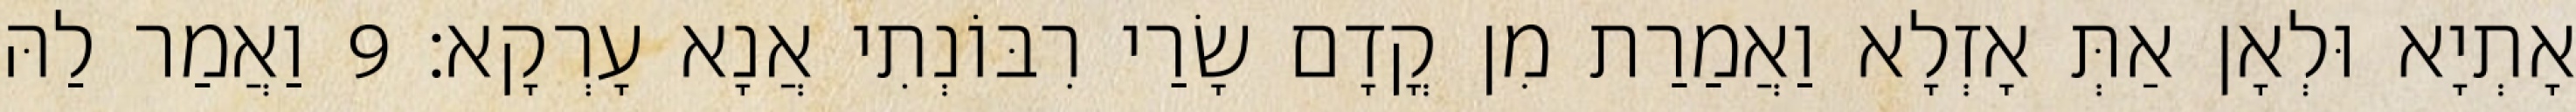
אָתְיָא וּלְאָן אַתְּ אָזְלָא וַאֲמַרַת מִן קֳדָם שָׂרַי רִבּוֹנְתִי אֲנָא עָרְקָא׃ 9 וַאֲמַר לַהּ